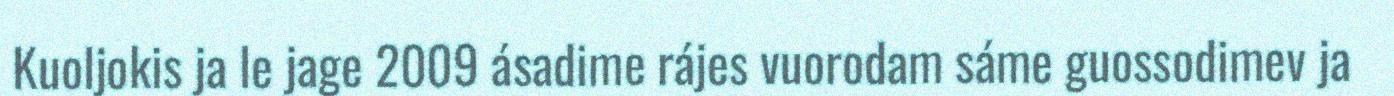
Kuoljokis ja le jage 2009 ásadime rájes vuorodam sáme guossodimev ja